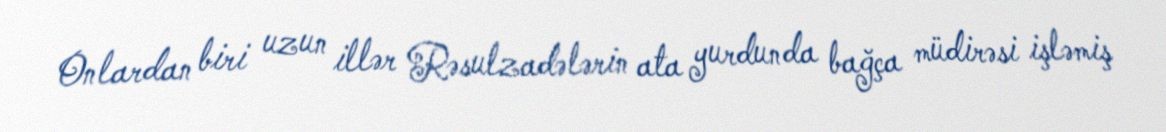
Onlardan biri uzun illər Rəsulzadələrin ata yurdunda bağça müdirəsi işləmiş